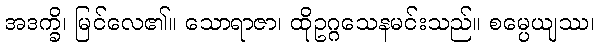
အဒက္ခိ၊ မြင်လေ၏။ သောရာဇာ၊ ထိုဥဂ္ဂသေနမင်းသည်။ စမ္ပေယျဿ၊